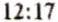
12:17